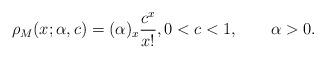
LaTeX: \begin{align*}\rho_{M}(x;\alpha,c) =(\alpha)_{x}\frac{c^{x}}{x!},0<c<1,\qquad\alpha>0. \end{align*}